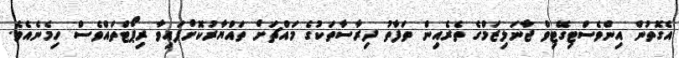
އެގޮތުން އިންވެސްޓިގޭޓިވް ޖާނަލިޒަމްގެ ތެރެއިން ތަފާތު ދިރާސާތަކުގެ މައްޗަށް ތައްޔާރުކޮށްފައިވާ ރިޕޯޓްތައްވެސް ހިމެނެއެވެ.